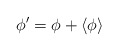
\begin{align*}\phi^{\prime}= \phi + \langle \phi \rangle\end{align*}